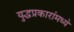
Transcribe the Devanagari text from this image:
युद्धप्रकारांमध्ये